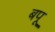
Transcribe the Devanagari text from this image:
बपू